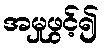
အမှုဖွင့်၍